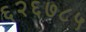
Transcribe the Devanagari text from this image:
६२६७८५